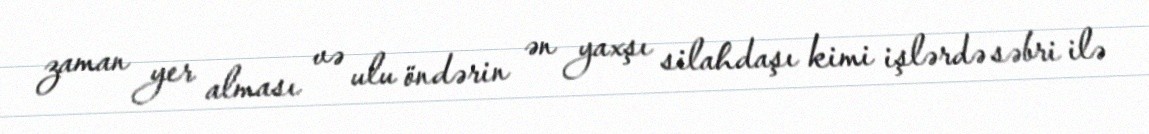
zaman yer alması və ulu öndərin ən yaxşı silahdaşı kimi işlərdə səbri ilə